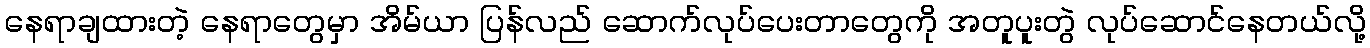
နေရာချထားတဲ့ နေရာတွေမှာ အိမ်ယာ ပြန်လည် ဆောက်လုပ်ပေးတာတွေကို အတူပူးတွဲ လုပ်ဆောင်နေတယ်လို့